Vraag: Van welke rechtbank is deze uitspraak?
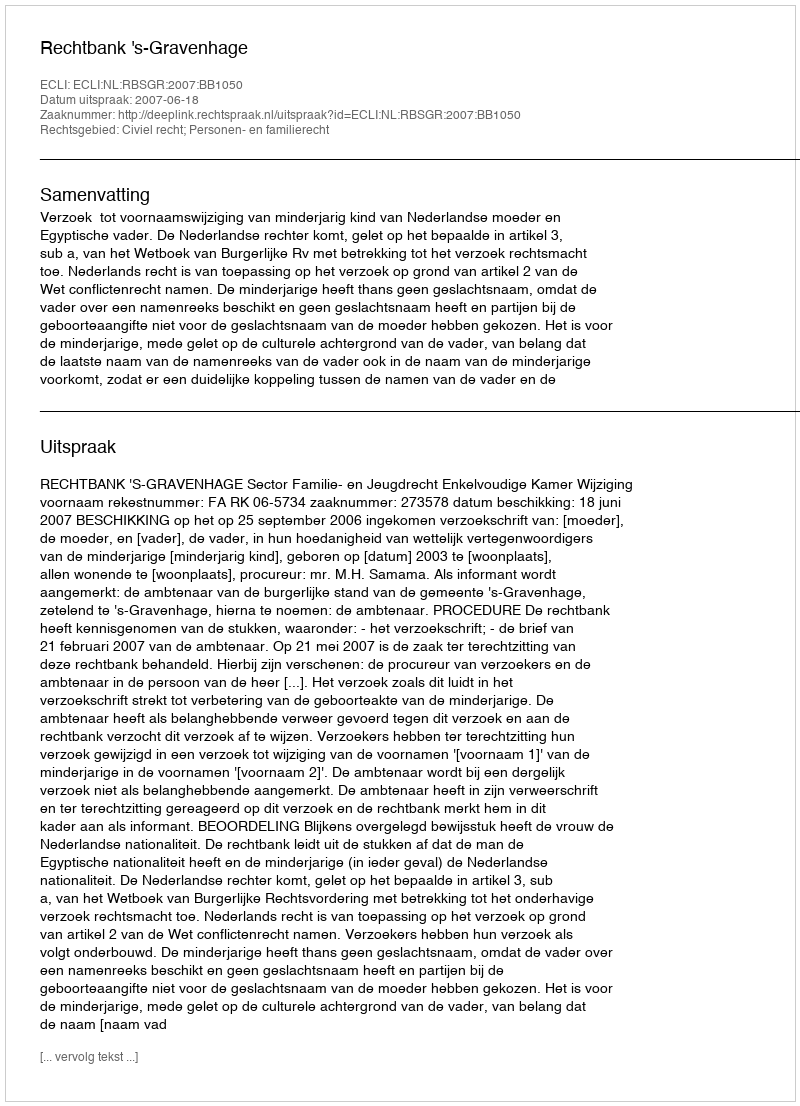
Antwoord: Rechtbank 's-Gravenhage